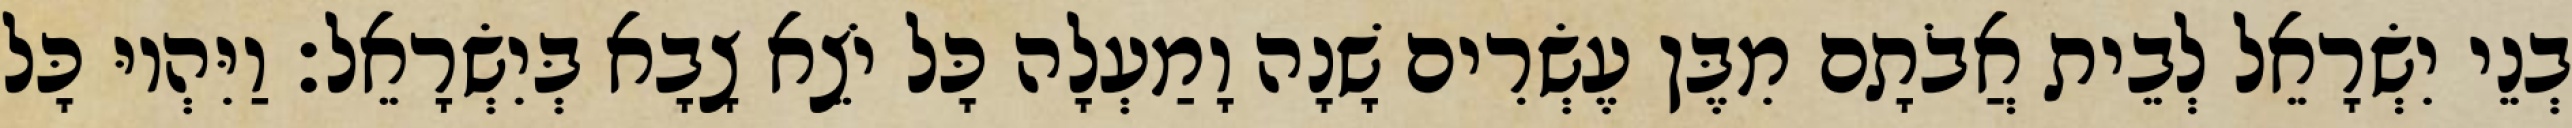
בְנֵי יִשְׂרָאֵל לְבֵית אֲבֹתָם מִבֶּן עֶשְׂרִים שָׁנָה וָמַעְלָה כָּל יֹצֵא צָבָא בְּיִשְׂרָאֵל׃ וַיִּהְיוּ כָּל